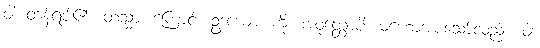
ဝါ၊ တန့်ရပ်၏။ တသ္မာ၊ ကြောင့်။ ဥဒယော၊ ကို။ အဝုတ္တောပိ၊ မဟောအပ်သော်လည်း။ ဝါ၊